Leningradi_Edasi_toimetus, lk 109
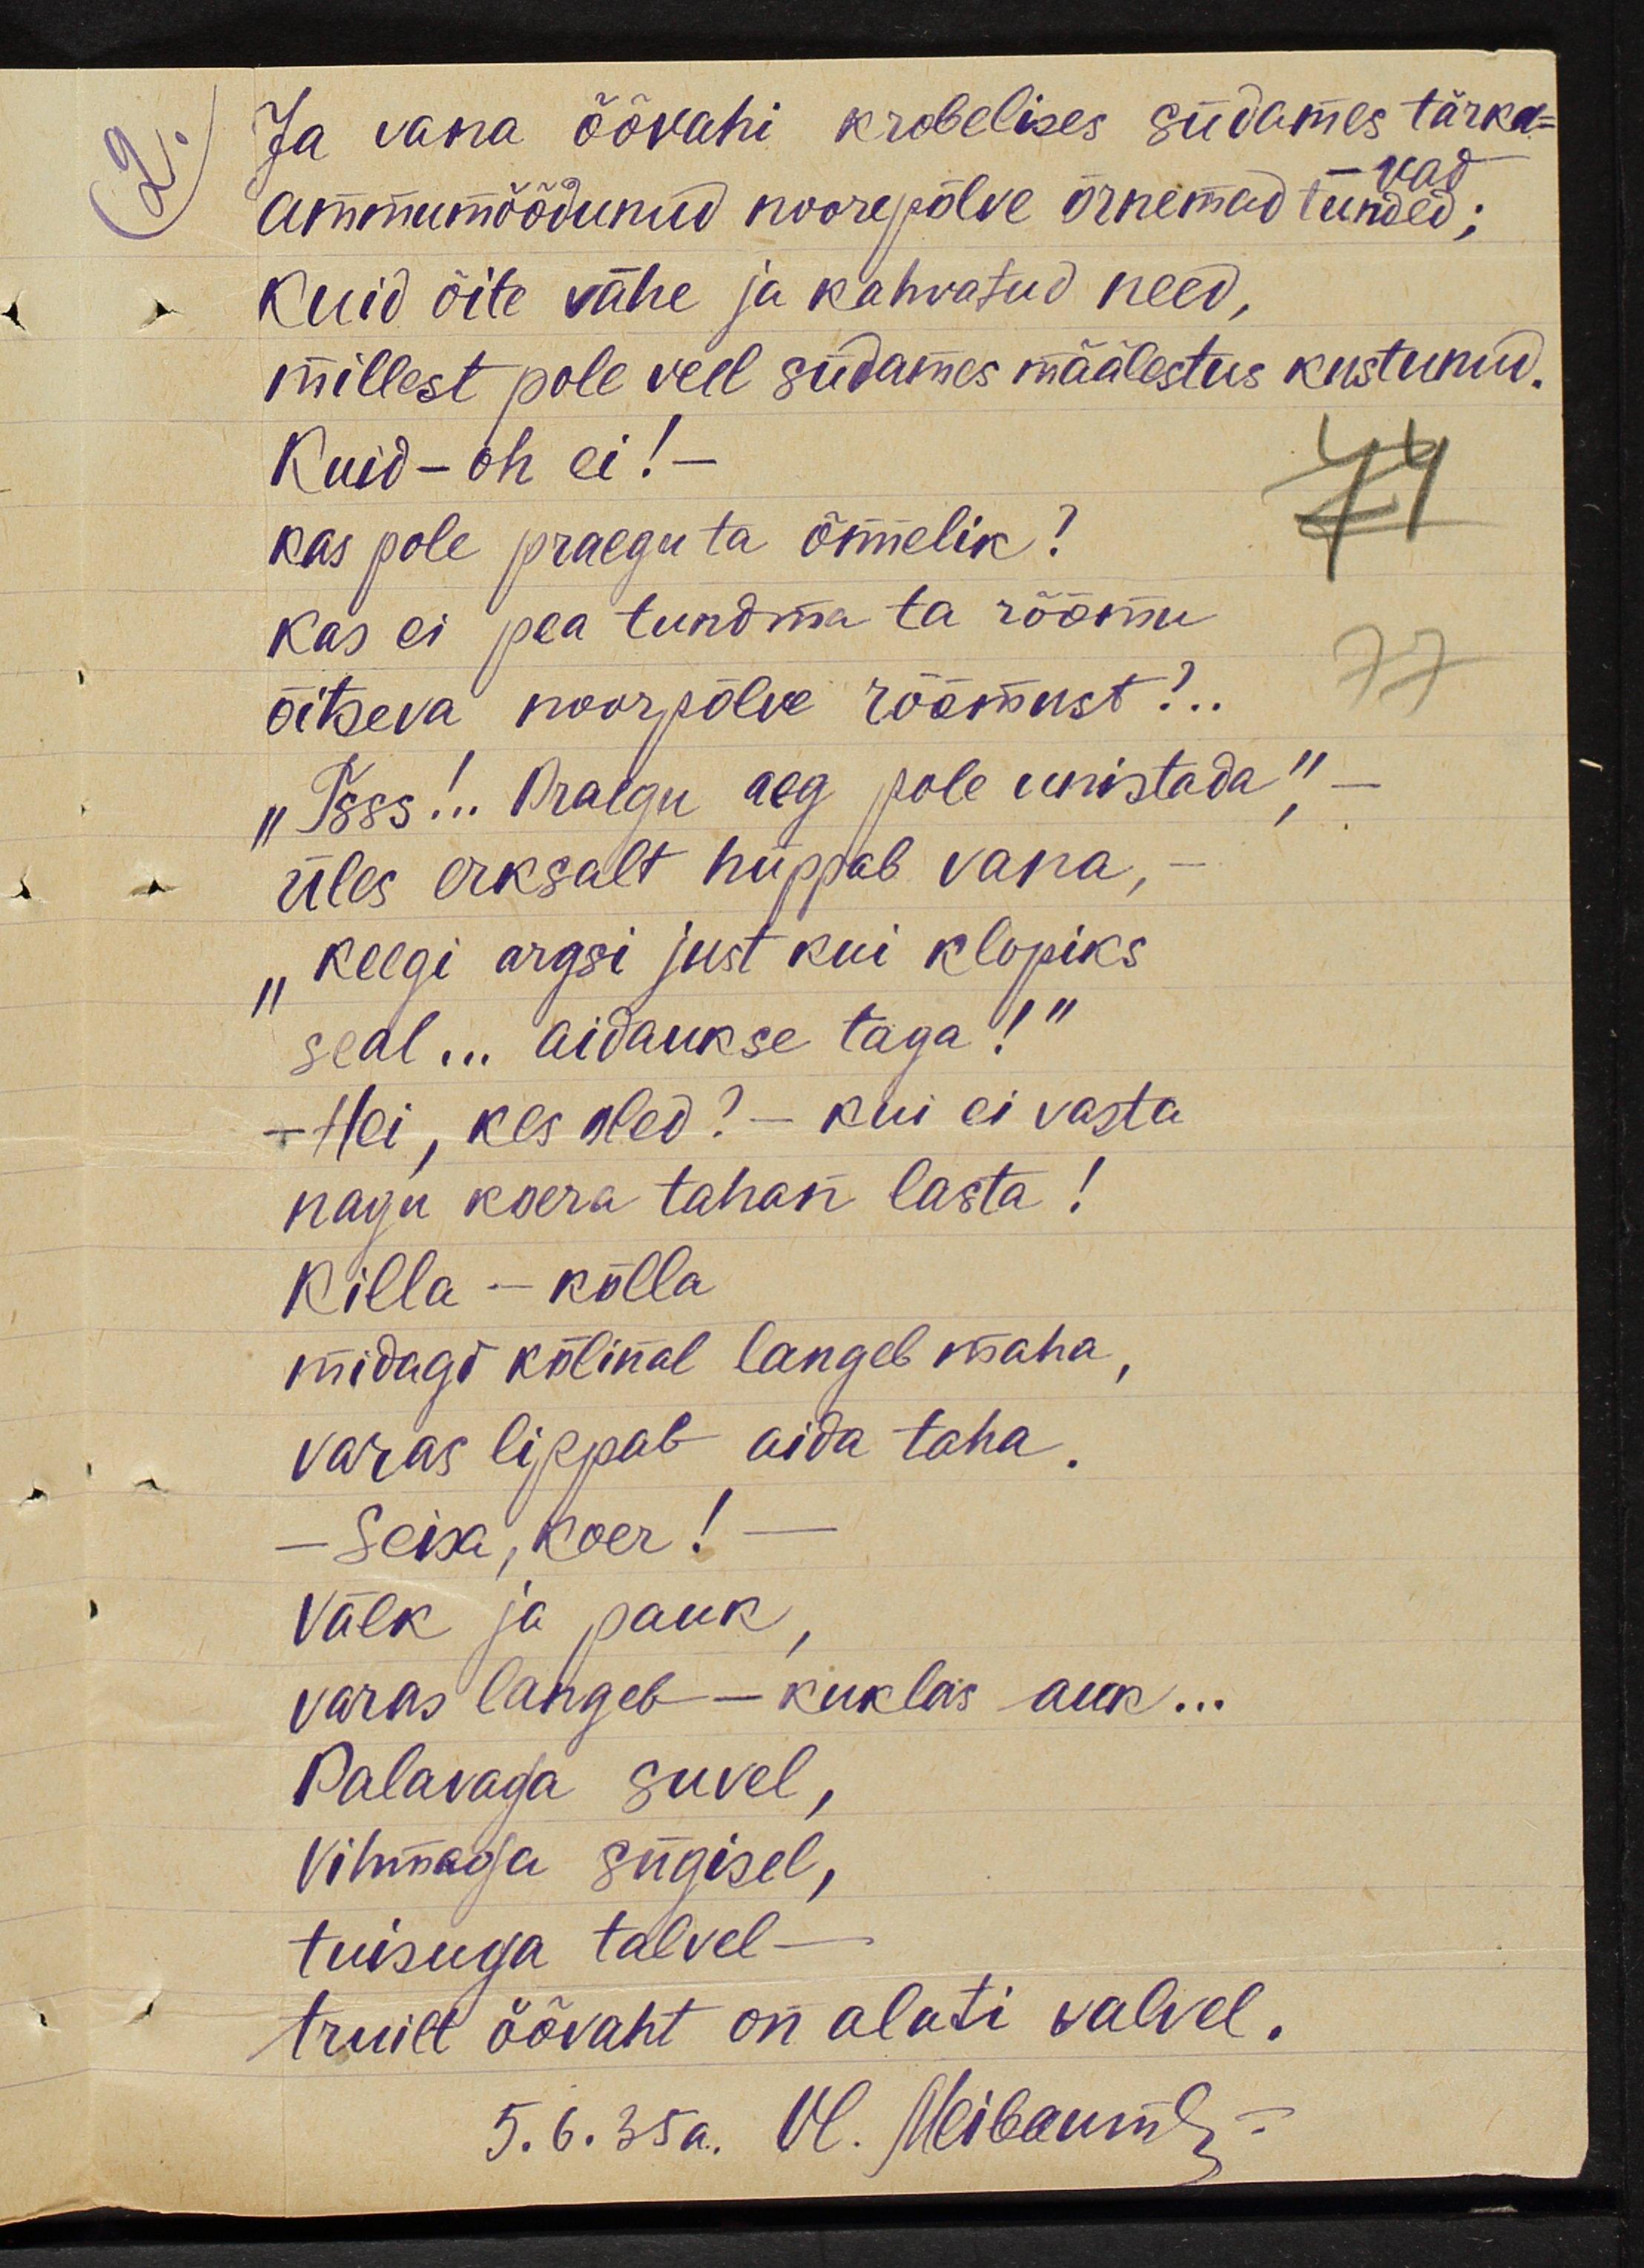
ja vana öövahi krobelises südames tärka- 
-vad
ammumöödunu noorpõlve õrneimaid tunded;
kuid õite vähe ja kahvatud need, 
millest pole veel südames määlestus kustunud.
Kuid - oh ei! -
kas pole praegu ta õnnelik?
kas ei pea tundma ta rõõmu
õitseva noorpõlve rõõmust?..
"Tsss!.. Praegu aeg pole unistada," -
üles erksalt hüppab vana, -
"keegi argsi just kui klopiks
seal... aidaukse taga!"
- Hei, kes oled? - kui ei vasta 
nagu koera tahan lasta!
Killa-kõlla
midagi kõlinal langeb maha,
varas lippab aida taha.
-Seisa, koer!-
Välk ja pauk, 
varas langeb - kuklas auk...
Palavaga suvel,
vihmaga sügisel,
tuisuga talvel -
truilt öövaht on alati valvel
5.6.35a. Vl. Meibaum